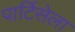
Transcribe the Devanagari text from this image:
पार्टिसेला